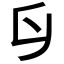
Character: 𠂑